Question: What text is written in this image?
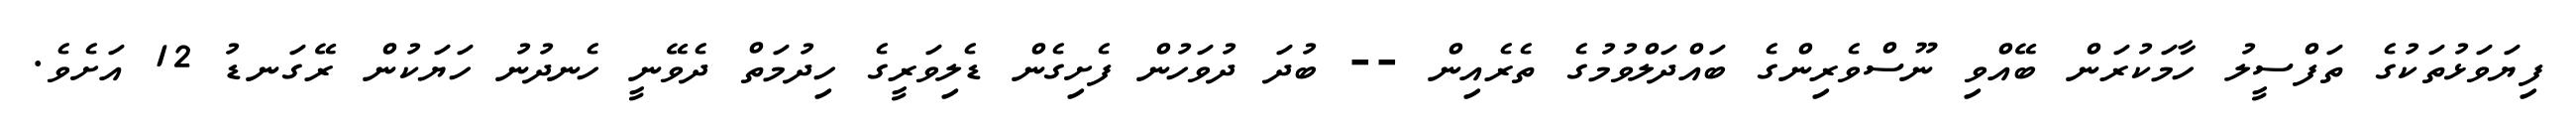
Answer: ފިޔަވަޅުތަކުގެ ތަފްސީލު ހާމަކުރަން ބޭއްވި ނޫސްވެރިންގެ ބައްދަލްވުމުގެ ތެރެއިން -- ބުދަ ދުވަހުން ފެށިގެން ޑެލިވަރީގެ ހިދުމަތް ދެވޭނީ ހެނދުނު ހަޔަކުން ރޭގަނޑު 12 އަށެވެ.